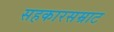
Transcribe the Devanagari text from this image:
सहकारसम्राट